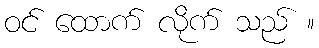
ဝင် ထောက် လိုက် သည် ။